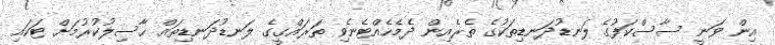
އިން ވަނީ ސާސްކަފުގެ ލަނޑުދަނޑިތަކުގެ ތެރެއިން ދެމެހެއްޓެނެވި ތަރައްގީގެ ލަނޑުދަނޑިތައް ހާސިލުކުރުމަށް ޓަކައި